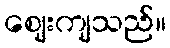
ဈေးကျသည်။